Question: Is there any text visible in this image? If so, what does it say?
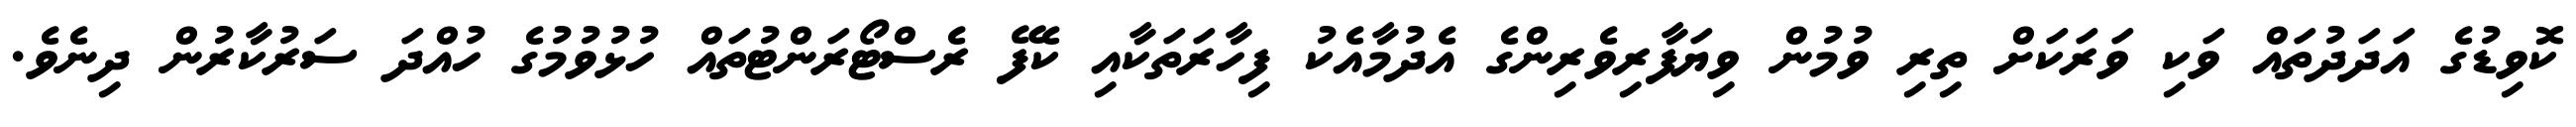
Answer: ކޮވިޑުގެ އަދަދުތައް ވަކި ވަރަކަށް ތިރި ވުމުން ވިޔަފާރިވެރިންގެ އެދުމާއެކު ފިހާރަތަކާއި ކެފޭ ރެސްޓޯރަންޓުތައް ހުޅުވުމުގެ ހުއްދަ ސަރުކާރުން ދިނެވެ.